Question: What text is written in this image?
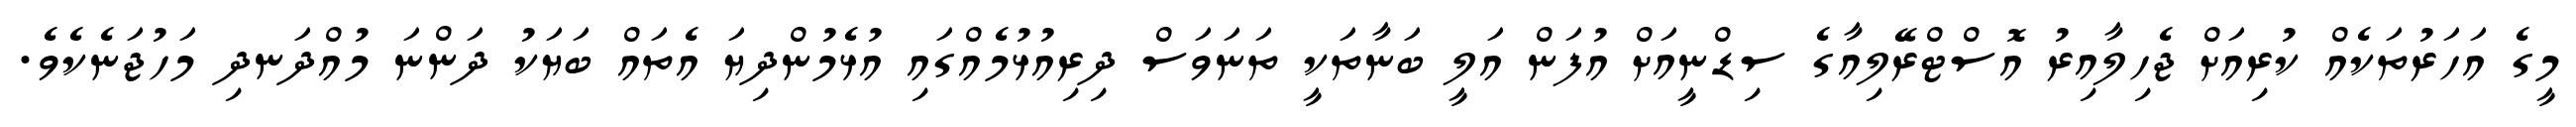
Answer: މީގެ އަހަރުތަކެއް ކުރިއަށް ޖެހިލާއިރު އޮސްޓްރޭލިއާގެ ސިޑްނީއަށް އުފަން އަލީ ބަނާތަކީ ތަނަވަސް ދިރިއުޅުމެއްގައި އުޅެމުންދިޔަ އެތައް ބަޔަކު ދަންނަ މުއްދަނދި މަހުޖަނެކެވެ.